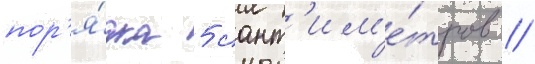
пор'я́дка 5 сант'им'е́тров //